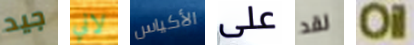
جيد لاني الأكياس على لقد Oil